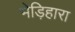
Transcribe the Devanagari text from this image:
भेड़िहारा